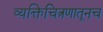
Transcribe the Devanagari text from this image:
व्यक्तिचित्रणातूनच